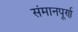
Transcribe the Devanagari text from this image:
संमानपूर्ण